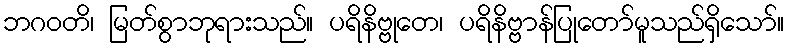
ဘဂဝတိ၊ မြတ်စွာဘုရားသည်။ ပရိနိဗ္ဗုတေ၊ ပရိနိဗ္ဗာန်ပြုတော်မူသည်ရှိသော်။